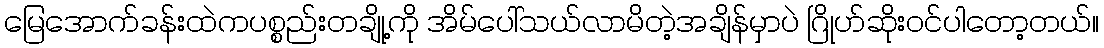
မြေအောက်ခန်းထဲကပစ္စည်းတချို့ကို အိမ်ပေါ်သယ်လာမိတဲ့အချိန်မှာပဲ ဂြိုဟ်ဆိုးဝင်ပါတော့တယ်။